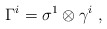
\begin{align*} \Gamma^i= \sigma^1 \otimes \gamma^i~,\end{align*}